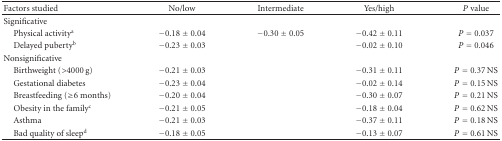
<table><thead><tr><td><b>Factors studied</b></td><td><b>No/low </b></td><td><b>Intermediate </b></td><td><b>Yes/high</b></td><td><b><i>P</i> value</b></td></tr></thead><tbody><tr><td>Significative</td><td> </td><td> </td><td> </td><td> </td></tr><tr><td> Physical activity<sup>a</sup></td><td>−0.18 ± 0.04</td><td>−0.30 ± 0.05</td><td>−0.42 ± 0.11</td><td><i>P</i> = 0.037</td></tr><tr><td> Delayed puberty<sup>b</sup></td><td>−0.23 ± 0.03</td><td> </td><td>−0.02 ± 0.10</td><td><i>P</i> = 0.046</td></tr><tr><td>Nonsignificative</td><td> </td><td> </td><td> </td><td> </td></tr><tr><td> Birthweight (&gt;4000 g)</td><td>−0.21 ± 0.03</td><td> </td><td>−0.31 ± 0.11</td><td><i>P</i> = 0.37 NS</td></tr><tr><td> Gestational diabetes</td><td>−0.23 ± 0.04</td><td> </td><td>−0.02 ± 0.14</td><td><i>P</i> = 0.15 NS</td></tr><tr><td> Breastfeeding (≥6 months)</td><td>−0.20 ± 0.04</td><td> </td><td>−0.30 ± 0.07</td><td><i>P</i> = 0.21 NS</td></tr><tr><td> Obesity in the family<sup>c</sup></td><td>−0.21 ± 0.05</td><td> </td><td>−0.18 ± 0.04</td><td><i>P</i> = 0.62 NS</td></tr><tr><td> Asthma</td><td>−0.21 ± 0.03</td><td> </td><td>−0.37 ± 0.11</td><td><i>P</i> = 0.18 NS</td></tr><tr><td> Bad quality of sleep<sup>d</sup></td><td>−0.18 ± 0.05</td><td> </td><td>−0.13 ± 0.07</td><td><i>P</i> = 0.61 NS</td></tr></tbody></table>